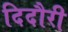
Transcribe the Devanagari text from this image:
दिदौरी